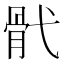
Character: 骮